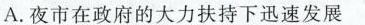
A.夜市在政府的大力扶持下迅速发展